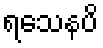
ရသေနပိ